Civil Veterinary Dept. Bombay admin report 1914-1922 - 1914-1922
Year: 1914
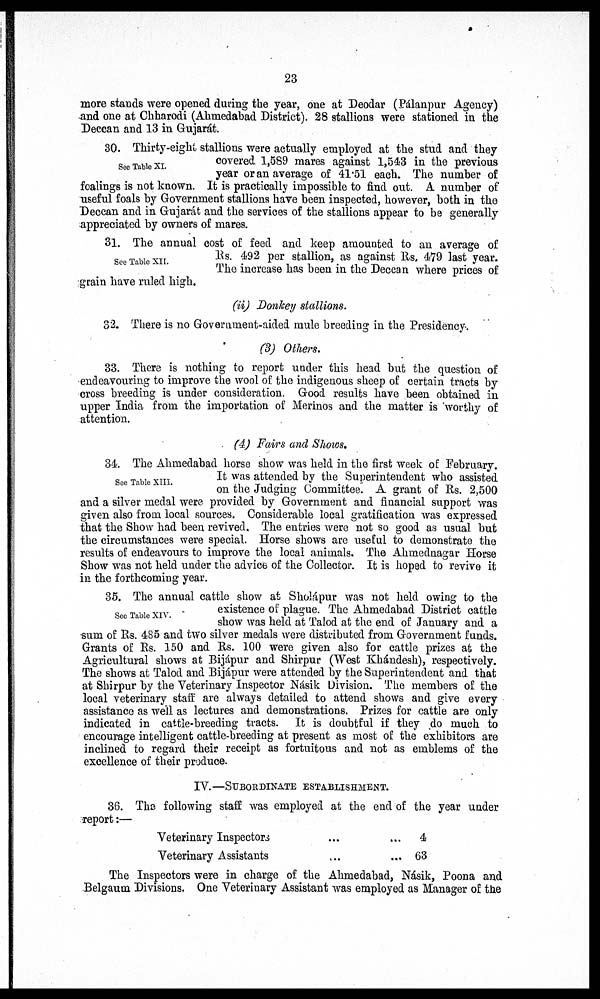
23
more stands were opened during the year, one at Deodar (Pálanpur Agency)
and one at Chharodi (Ahmedabad District). 28 stallions were stationed in the
Deccan and 13 in Gujarát.
See Table XI.
30. Thirty-eight stallions were actually employed at the stud and they
covered 1,589 mares against 1,543 in the previous
year or an average of 41.51 each. The number of
foalings is not known. It is practically impossible to find out. A number of
useful foals by Government stallions have been inspected, however, both in the
Deccan and in Gujarat and the services of the stallions appear to be generally
appreciated by owners of mares.
See Table XII.
31. The annual cost of feed and keep amounted to an average of
Rs. 492 per stallion, as against Rs. 479 last year.
The increase has been in the Deccan where prices of
grain have ruled high.
(ii) Donkey stallions.
32. There is no Government-aided mule breeding in the Presidency
(3) Others.
33. There is nothing to report under this head but the question of
endeavouring to improve the wool of the indigenous sheep of certain tracts by
cross breeding is under consideration. Good results have been obtained in
upper India from the importation of Merinos and the matter is worthy of
attention.
(4) Fairs and Shows.
See Table XIII.
34. The Ahmedabad horse show was held in the first week of February.
It was attended by the Superintendent who assisted
on the Judging Committee. A grant of Rs. 2,500
and a silver medal were provided by Government and financial support was
given also from local sources. Considerable local gratification was expressed
that the Show had been revived. The entries were not so good as usual but
the circumstances were special. Horse shows are useful to demonstrate the
results of endeavours to improve the local animals. The Ahmednagar Horse
Show was not held under the advice of the Collector. It is hoped to revive it
in the forthcoming year.
See Table XIV.
35. The annual cattle show at Sholápur was not held owing to the
existence of plague. The Ahmedabad District cattle
show was held at Talod at the end of January and a
sum of Rs. 485 and two silver medals were distributed from Government funds.
Grants of Rs. 150 and Rs. 100 were given also for cattle prizes at the
Agricultural shows at Bijápur and Shirpur (West Khándesh), respectively.
The shows at Talod and Bijápur were attended by the Superintendent and that
at Shirpur by the Veterinary Inspector Násik Division. The members of the
local veterinary staff are always detailed to attend shows and give every
assistance as well as lectures and demonstrations. Prizes for cattle are only
indicated in cattle-breeding tracts. It is doubtful if they do much to
encourage intelligent cattle-breeding at present as most of the exhibitors are
inclined to regard their receipt as fortuitous and not as emblems of the
excellence of their produce.
IV.—SUBORDINATE ESTABLISHMENT.
36. The following staff was employed at the end of the year under
report:—
Veterinary Inspectors
...
...
Veterinary Assistants
...
...
4
63
The Inspectors were in charge of the Ahmedabad, Násik, Poona and
Belgaum Divisions. One Veterinary Assistant was employed as Manager of the